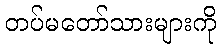
တပ်မတော်သားများကို